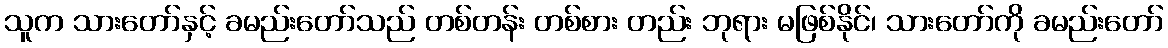
သူက သားတော်နှင့် ခမည်းတော်သည် တစ်တန်း တစ်စား တည်း ဘုရား မဖြစ်နိုင်၊ သားတော်ကို ခမည်းတော်